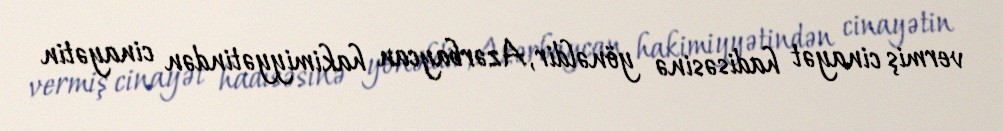
vermiş cinayət hadisəsinə yönəldir, Azərbaycan hakimiyyətindən cinayətin